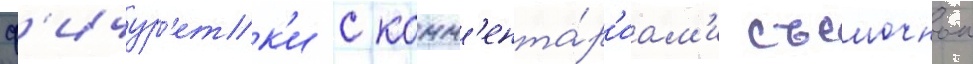
ф'ичур'етк'и с комм'ента́р'иам'и съемочнои